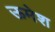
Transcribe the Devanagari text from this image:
ऊमेश